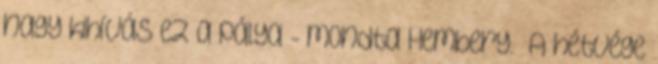
nagy kihívás ez a pálya”- mondta Hembery. „A hétvége